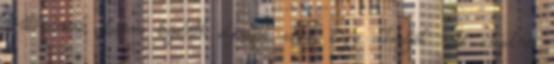
műthessünk. James legalább eljutott addig, hogy elkezdjék neki adagolni,